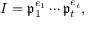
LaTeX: I = { \mathfrak { p } } _ { 1 } ^ { e _ { 1 } } \cdots { \mathfrak { p } } _ { t } ^ { e _ { t } } ,